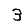
Digit: 3